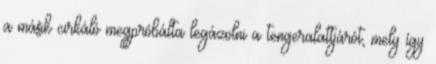
a másik cirkáló megpróbálta legázolni a tengeralattjárót, mely így